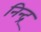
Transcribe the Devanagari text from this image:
निन्द्र